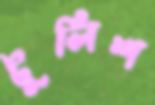
টুলিশ